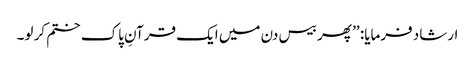
ارشاد فرمایا: ’’ پھر بیس دن میں ایک قرآنِ پاک ختم کر لو۔